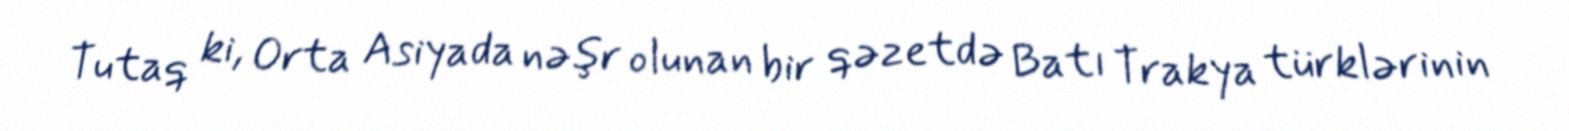
Tutaq ki, Orta Asiyada nəşr olunan bir qəzetdə Batı Trakya türklərinin